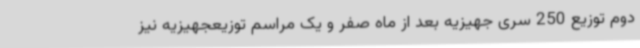
دوم توزیع 250 سری جهیزیه بعد از ماه صفر و یک مراسم توزیعجهیزیه نیز